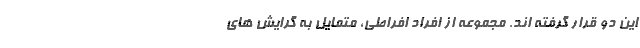
این دو قرار گرفته اند. مجموعه از افراد افراطی، متمایل به گرایش های